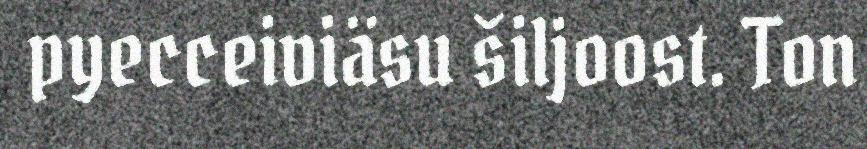
pyecceiviäsu šiljoost. Ton